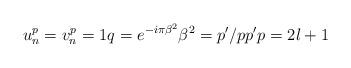
LaTeX: \begin{align*}u_{n}^{p}=v_{n}^{p}=1q=e^{-i\pi \beta ^{2}}\beta^{2}=p^{\prime }/pp^{\prime }p=2l+1\end{align*}